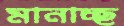
মানাচ্ছ